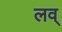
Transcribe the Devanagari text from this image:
लव्